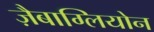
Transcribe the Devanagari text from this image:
ज़ैबाग्लियोन